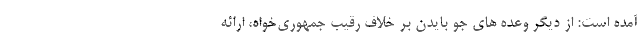
آمده است: از دیگر وعده های جو بایدن بر خلاف رقیب جمهوری‌خواه، ارائه